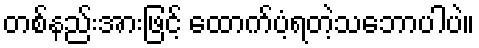
တစ်နည်းအားဖြင့် ထောက်ပံ့ရတဲ့သဘောပါပဲ။